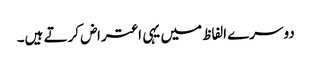
دوسرے الفاظ میں یہی اعتراض کرتے ہیں۔